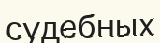
судебных